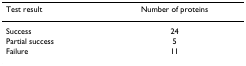
| Test result | Number of proteins |
 | --- | --- |
 | Success | 24 |
 | Partial success | 5 |
 | Failure | 11 |